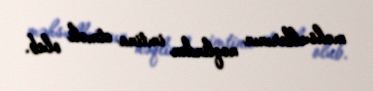
məhsullarının nəqlindən imtina etməli olub.